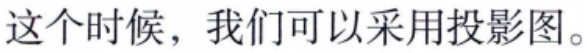
这个时候，我们可以采用投影图。